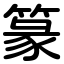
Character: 篆